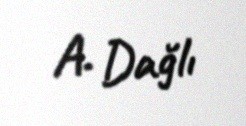
A. Dağlı